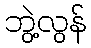
ဘွဲ့လွန်